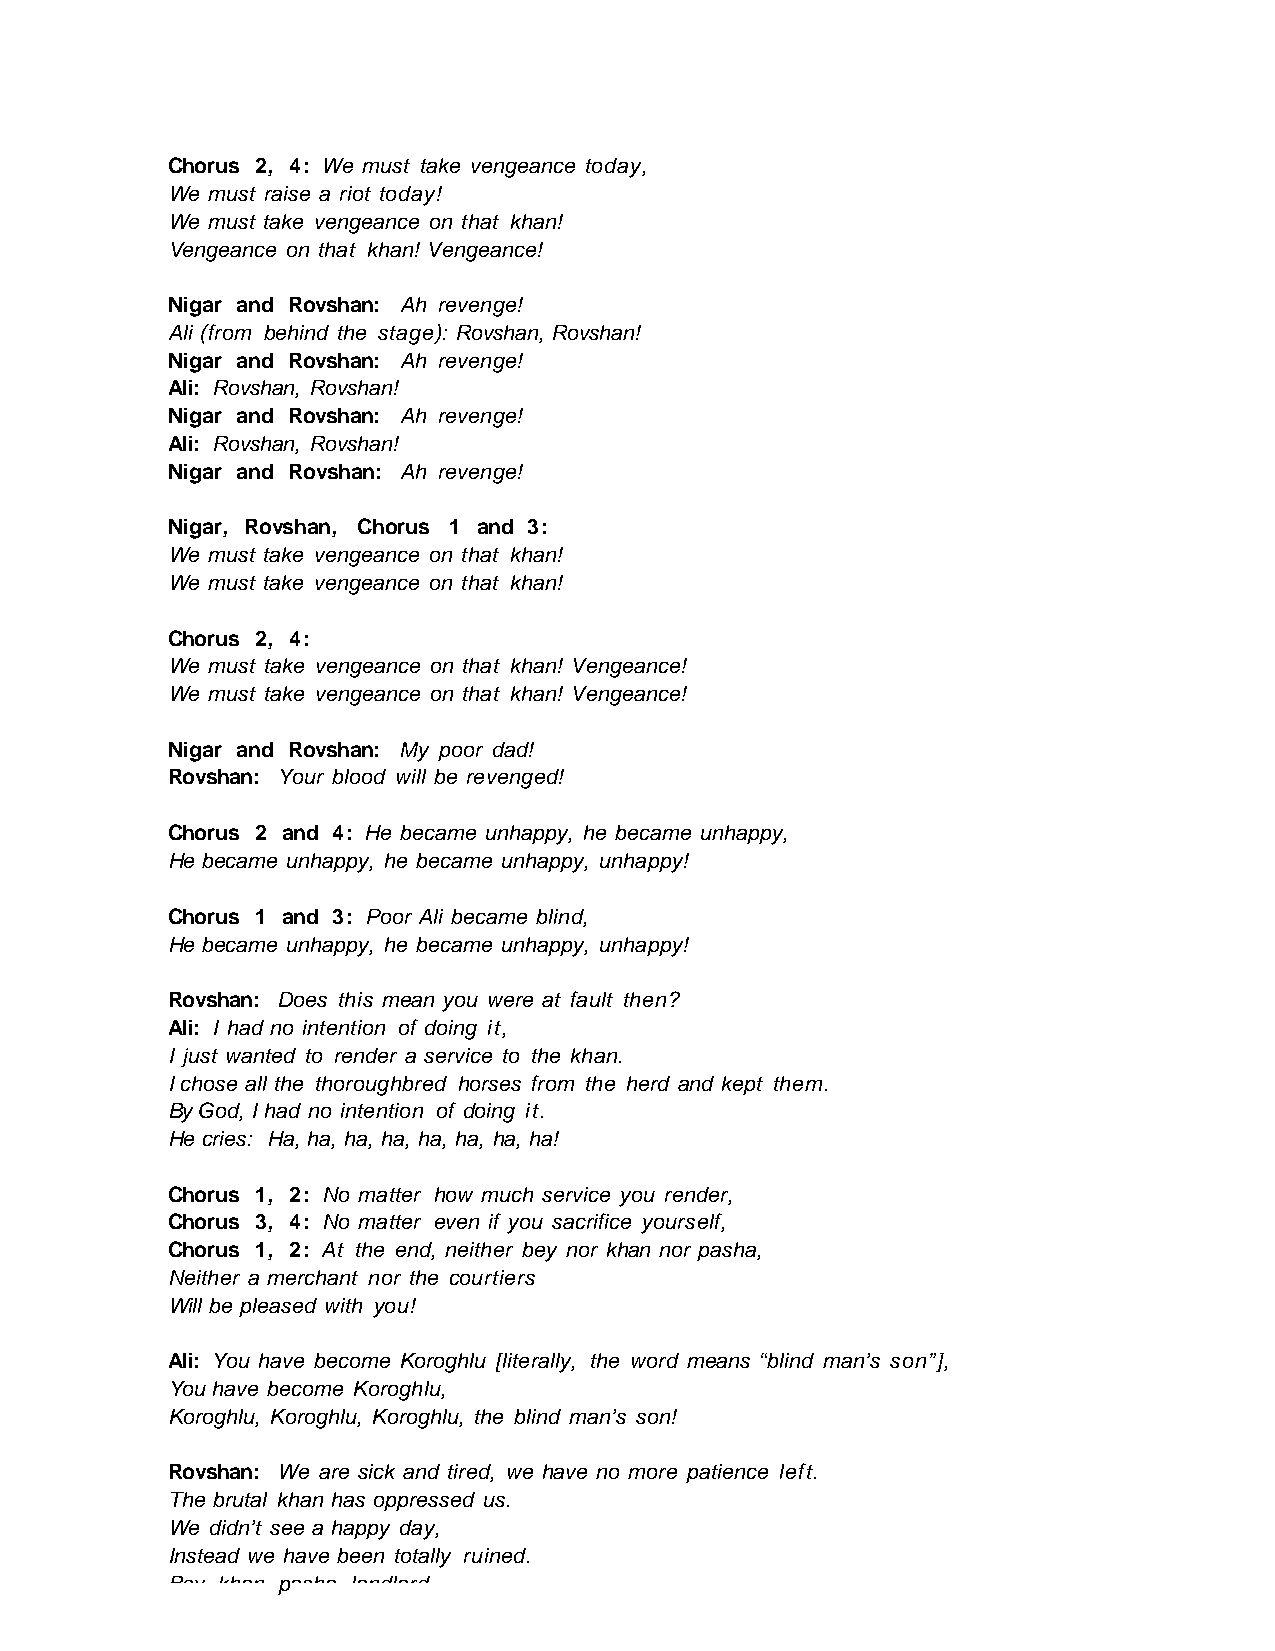
Chorus 2, 4: We must take vengeance today,
 We must raise a riot today!
 We must take vengeance on that khan!
 Vengeance on that khan! Vengeance!
 Nigar and Rovshan: Ah revenge!
 Ali (from behind the stage): Rovshan, Rovshan!
 Nigar and Rovshan: Ah revenge!
 Ali: Rovshan, Rovshan!
 Nigar and Rovshan: Ah revenge!
 Ali: Rovshan, Rovshan!
 Nigar and Rovshan: Ah revenge!
 Nigar, Rovshan, Chorus 1 and 3:
 We must take vengeance on that khan!
 We must take vengeance on that khan!
 Chorus 2, 4:
 We must take vengeance on that khan! Vengeance!
 We must take vengeance on that khan! Vengeance!
 Nigar and Rovshan: My poor dad!
 Rovshan: Your blood will be revenged!
 Chorus 2 and 4: He became unhappy, he became unhappy,
 He became unhappy, he became unhappy, unhappy!
 Chorus 1 and 3: Poor Ali became blind,
 He became unhappy, he became unhappy, unhappy!
 Rovshan: Does this mean you were at fault then?
 Ali: I had no intention of doing it,
 I just wanted to render a service to the khan.
 I chose all the thoroughbred horses from the herd and kept them.
 By God, I had no intention of doing it.
 He cries: Ha, ha, ha, ha, ha, ha, ha, ha!
 Chorus 1, 2: No matter how much service you render,
 Chorus 3, 4: No matter even if you sacrifice yourself,
 Chorus 1, 2: At the end, neither bey nor khan nor pasha,
 Neither a merchant nor the courtiers
 Will be pleased with you!
 Ali: You have become Koroghlu [literally, the word means “blind man’s son”],
 You have become Koroghlu,
 Koroghlu, Koroghlu, Koroghlu, the blind man’s son!
 Rovshan: We are sick and tired, we have no more patience left.
 The brutal khan has oppressed us.
 We didn’t see a happy day,
 Instead we have been totally ruined.
 Bey khan pasha landlord